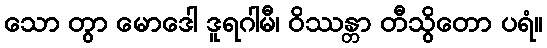
သော တွာ မောဒေါ ဒူရဂါမီ၊ ဝိဿန္တာ တီသွိတော ပရံ။